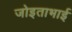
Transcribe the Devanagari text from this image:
जोइताभाई